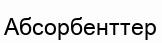
Абсорбенттер